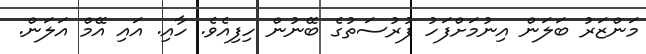
މަންޒަރު ބަލަން އިނުމަށްފަހު ފުރުސަތުގެ ބޭނުން ހިފިއެވެ. ހާއި. އައި އޭމް އަލަން.